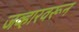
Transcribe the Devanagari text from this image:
जव्हारवरून